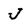
Character: J